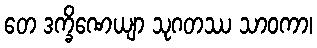
တေ ဒက္ခိဏေယျာ သုဂတဿ သာဝကာ၊